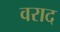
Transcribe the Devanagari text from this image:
वराद